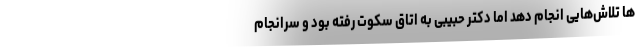
ها تلاش‌هایی انجام دهد اما دکتر حبیبی به اتاق سکوت رفته بود و سرانجام